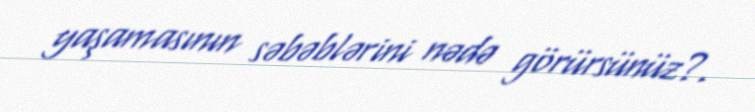
yaşamasının səbəblərini nədə görürsünüz?.